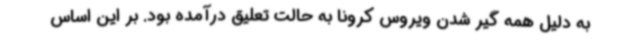
به دلیل همه گیر شدن ویروس کرونا به حالت تعلیق درآمده بود. بر این اساس